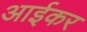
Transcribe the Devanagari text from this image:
आईकर